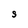
Character: S